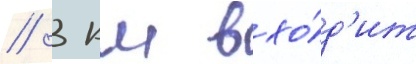
/ 3 км вхо́д'ит